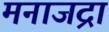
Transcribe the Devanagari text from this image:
मनाजद्रा